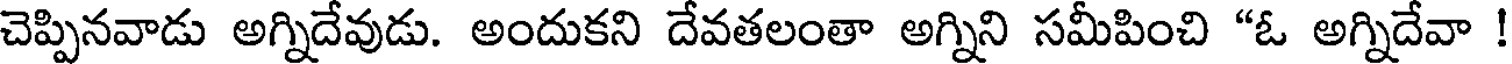
చెప్పినవాడు అగ్నిదేవుడు. అందుకని దేవతలంతా అగ్నిని సమీపించి "ఓ అగ్నిదేవా !